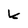
Character: k